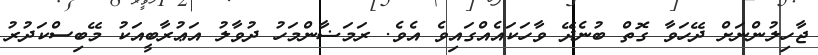
ޖާހިލުންނަށް ދޭހަވާ ގޮތް ބުނެދޭ ވާހަކައެއްގައިވެ އެވެ. ރަމަޟާންމަހު ދުވާލު އަޢުރާބީއަކު މޭބިސްކަދުރު